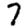
Digit: 7